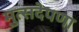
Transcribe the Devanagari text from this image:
मुत्सदेपणा